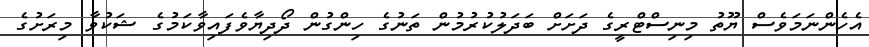
އެހެންނަމަވެސް ޔޫތު މިނިސްޓްރީގެ ދަށަށް ބަދަލުކުރުމުން ތަނުގެ ހިންގުން ދޯދިޔާވެފައިވާކަމުގެ ޝަކުވާ މިރަށުގެ